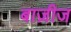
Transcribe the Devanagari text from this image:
बाज़ीज